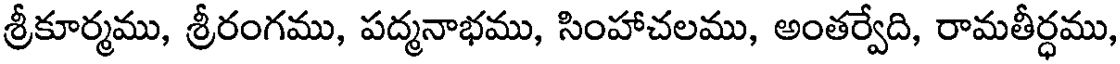
శ్రీకూర్మము, శ్రీరంగము, పద్మనాభము, సింహాచలము, అంతర్వేది, రామతీర్ధము,